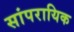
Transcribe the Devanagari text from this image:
सांपरायिक